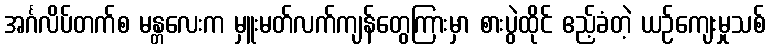
အင်္ဂလိပ်တက်စ မန္တလေးက မှူးမတ်လက်ကျန်တွေကြားမှာ စားပွဲထိုင် ဧည့်ခံတဲ့ ယဉ်ကျေးမှုသစ်